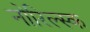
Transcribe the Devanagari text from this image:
नोरिल्स्क